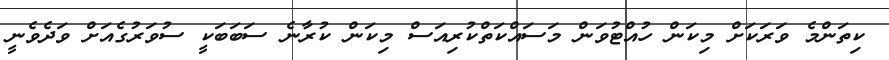
ކިތަންމެ ވަރަކަށް މިކަން ހުއްޓުވަން މަސައްކަތްކުރިއަސް މިކަން ކުރާނެ ސަބަބަކީ ސުވަރުގެއަށް ވަދެވެނީ